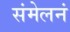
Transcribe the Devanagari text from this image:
संमेलनं